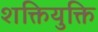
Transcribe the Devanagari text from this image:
शक्तियुक्ति